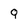
Character: q